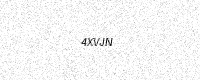
Text: 4XVJN